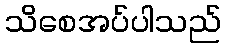
သိစေအပ်ပါသည်